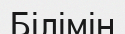
Білімін